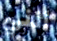
أنني